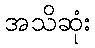
အသိဆုံး